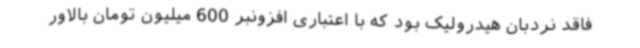
فاقد نردبان هیدرولیک بود که با اعتباری افزونبر 600 میلیون تومان بالاور